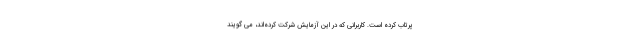
پرتاب کرده است. کاربرانی که در این آزمایش شرکت کرده‌اند، می گویند